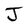
Character: J